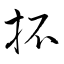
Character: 抔